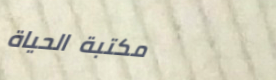
مكتبة الحياة